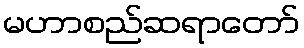
မဟာစည်ဆရာတော်